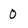
Character: 0